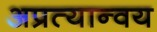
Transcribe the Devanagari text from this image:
अप्रत्यान्वय